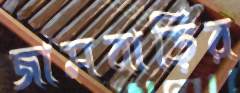
জামবাড়ির